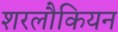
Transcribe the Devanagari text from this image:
शरलौकियन